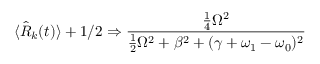
\langle { \hat { R } } _ { k } ( t ) \rangle + 1 / 2 \Rightarrow { \frac { { \frac { 1 } { 4 } } \Omega ^ { 2 } } { { \frac { 1 } { 2 } } \Omega ^ { 2 } + \beta ^ { 2 } + ( \gamma + \omega _ { 1 } - \omega _ { 0 } ) ^ { 2 } } }